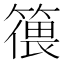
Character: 𱸠